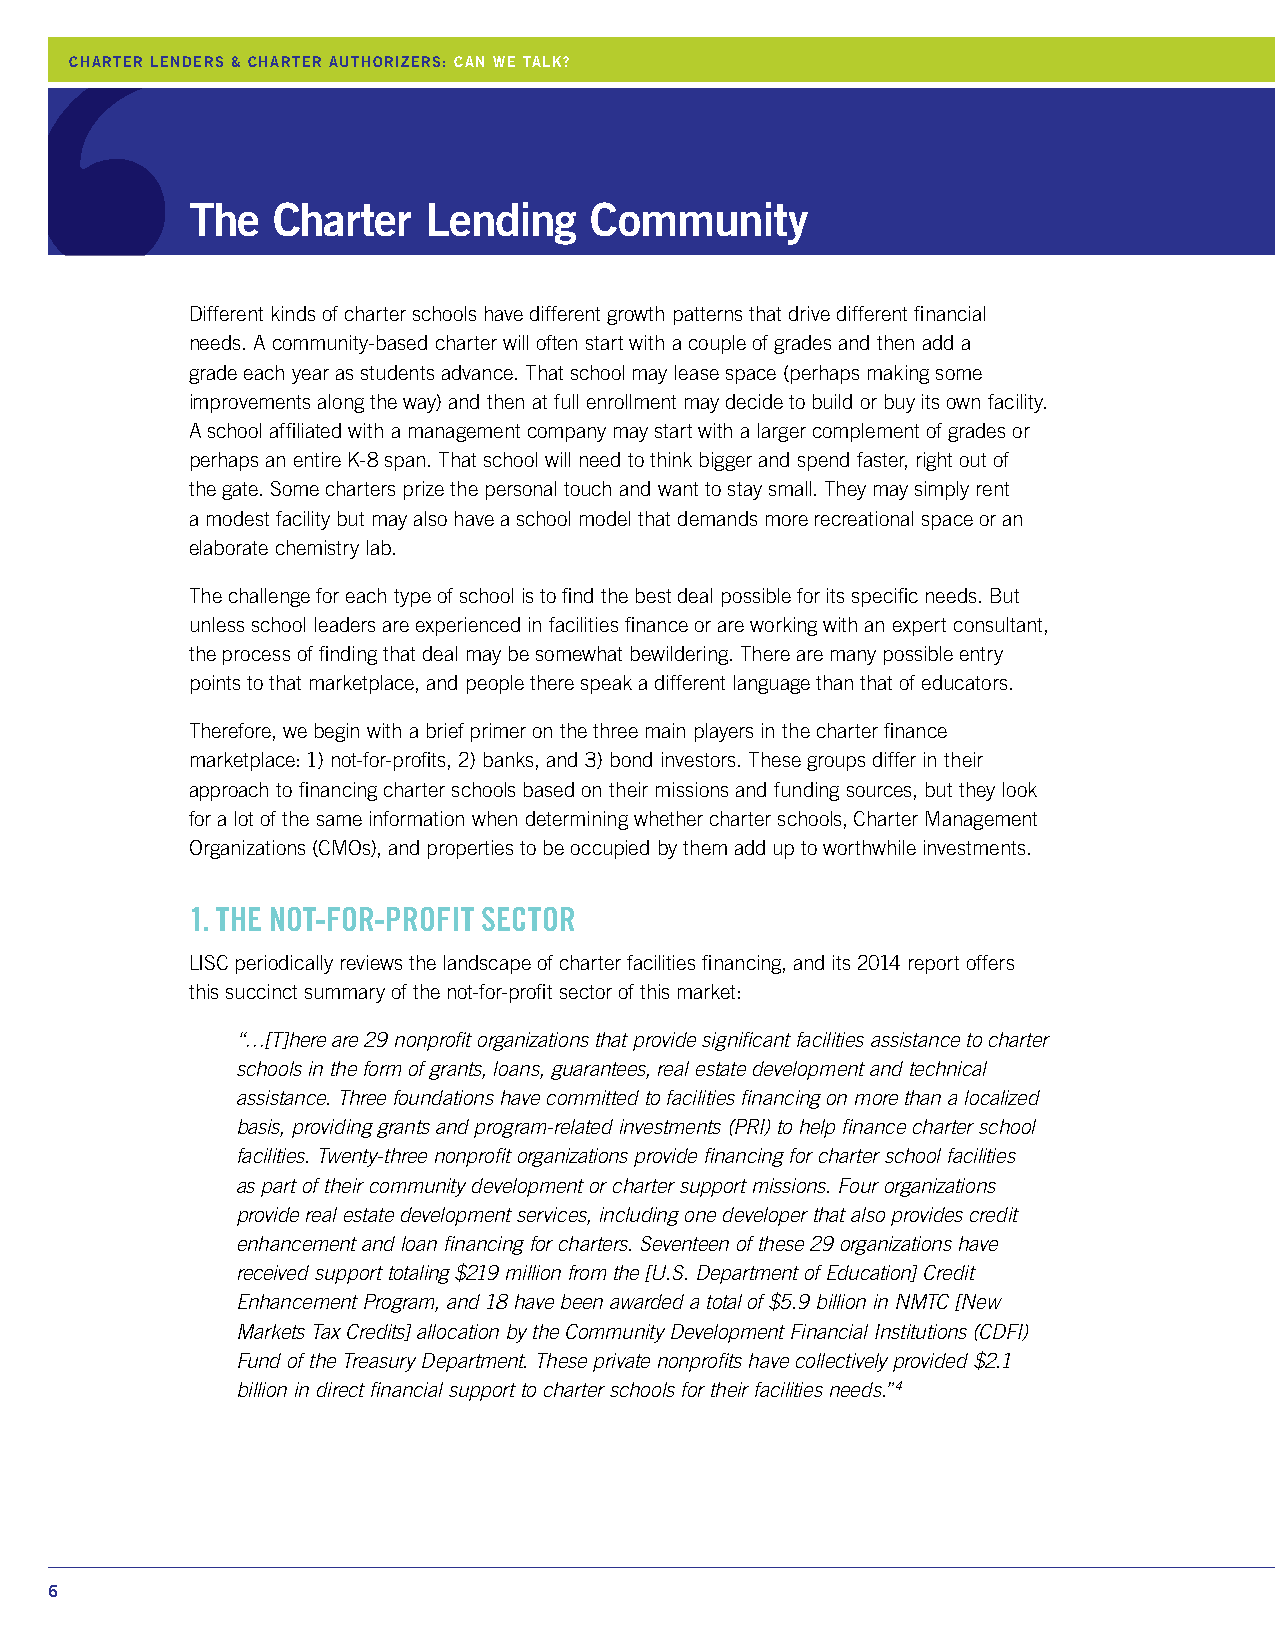
CHARTER LENDERS & CHARTER AUTHORIZERS: CAN WE TALK?
 The  Charter   Lending    Community
 Different kinds of charter schools have different growth patterns that drive different financial
 needs. A community-based charter will often start with a couple of grades and then add a
 grade each year as students advance. That school may lease space (perhaps making some
 improvements along the way) and then at full enrollment may decide to build or buy its own facility.
 A school affiliated with a management company may start with a larger complement of grades or
 perhaps an entire K-8 span. That school will need to think bigger and spend faster, right out of
 the gate. Some charters prize the personal touch and want to stay small. They may simply rent
 a modest facility but may also have a school model that demands more recreational space or an
 elaborate chemistry lab.
 The challenge for each type of school is to find the best deal possible for its specific needs. But
 unless school leaders are experienced in facilities finance or are working with an expert consultant,
 the process of finding that deal may be somewhat bewildering. There are many possible entry
 points to that marketplace, and people there speak a different language than that of educators.
 Therefore, we begin with a brief primer on the three main players in the charter finance
 marketplace: 1) not-for-profits, 2) banks, and 3) bond investors. These groups differ in their
 approach to financing charter schools based on their missions and funding sources, but they look
 for a lot of the same information when determining whether charter schools, Charter Management
 Organizations (CMOs), and properties to be occupied by them add up to worthwhile investments.
 1. THE NOT-FOR-PROFIT SECTOR
 LISC periodically reviews the landscape of charter facilities financing, and its 2014 report offers
 this succinct summary of the not-for-profit sector of this market:
 “…[T]here are 29 nonprofit organizations that provide significant facilities assistance to charter
 schools in the form of grants, loans, guarantees, real estate development and technical
 assistance. Three foundations have committed to facilities financing on more than a localized
 basis, providing grants and program-related investments (PRI) to help finance charter school
 facilities. Twenty-three nonprofit organizations provide financing for charter school facilities
 as part of their community development or charter support missions. Four organizations
 provide real estate development services, including one developer that also provides credit
 enhancement and loan financing for charters. Seventeen of these 29 organizations have
 received support totaling $219 million from the [U.S. Department of Education] Credit
 Enhancement Program, and 18 have been awarded a total of $5.9 billion in NMTC [New
 Markets Tax Credits] allocation by the Community Development Financial Institutions (CDFI)
 Fund of the Treasury Department. These private nonprofits have collectively provided $2.1
 billion in direct financial support to charter schools for their facilities needs.”4
 6